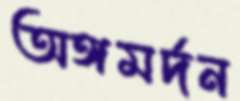
অঙ্গমর্দন